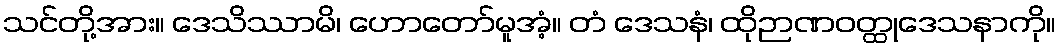
သင်တို့အား။ ဒေသိဿာမိ၊ ဟောတော်မူအံ့။ တံ ဒေသနံ၊ ထိုဉာဏဝတ္ထုဒေသနာကို။